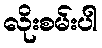
လိုးစမ်းပါ